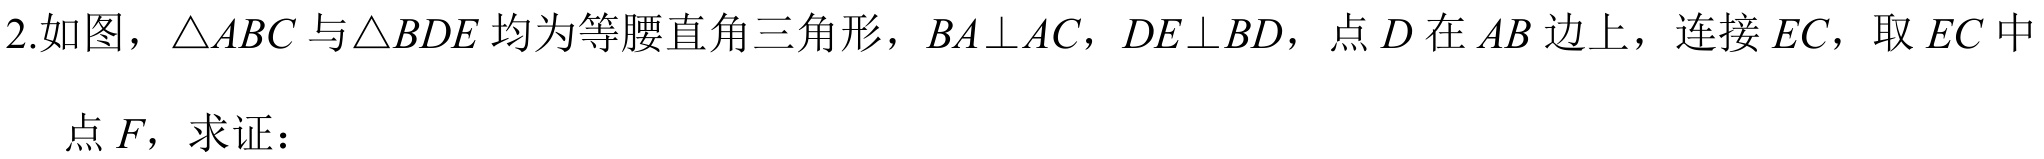
2.如图，\(\triangle ABC\)与\(\triangle BDE\)均为等腰直角三角形，\(BA\perp AC\)，\(DE\perp BD\)，点\(D\)在\(AB\)边上，连接\(EC\)，取\(EC\)中点\(F\)，求证：